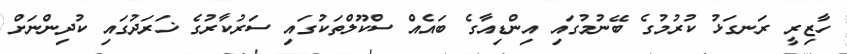
ހާޒިރީ ރަނގަޅު ކުރުމުގެ ބޭނުމުގައި އިންޑިއާގެ ބައެއް ސްކޫލްތަކުގައި ސަރުކާރުގެ ޚަރަދުގައި ކުދިންނަށް